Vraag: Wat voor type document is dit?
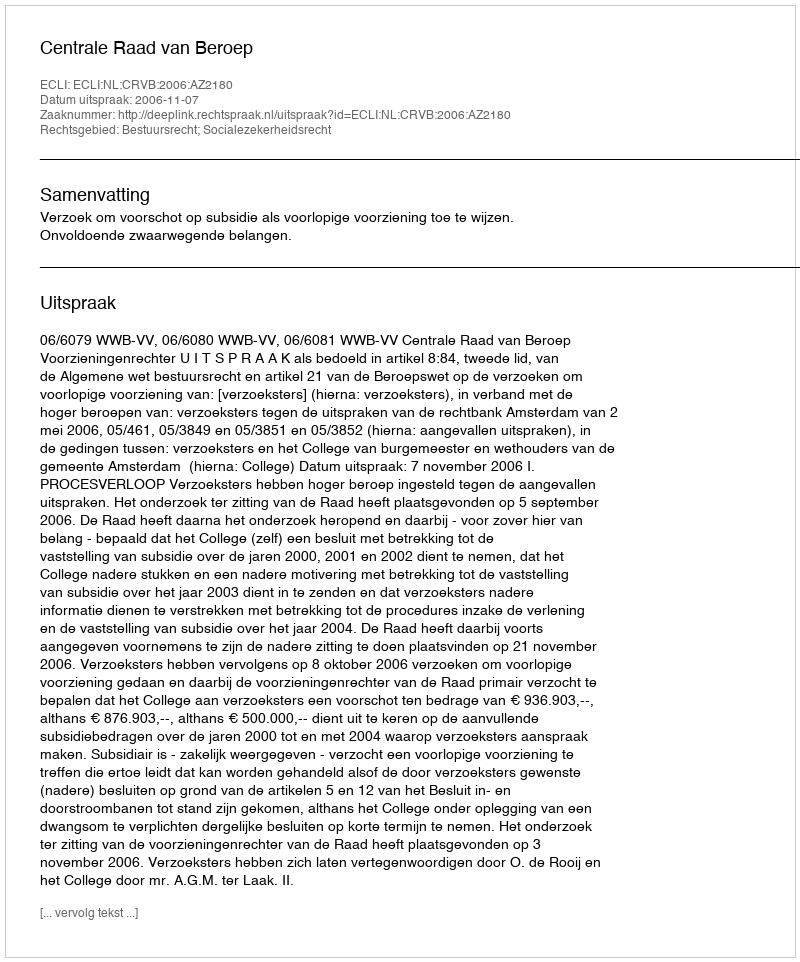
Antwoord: Uitspraak